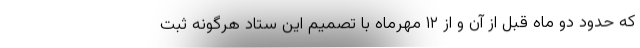
که حدود دو ماه قبل از آن و از ۱۲ مهرماه با تصمیم این ستاد هرگونه ثبت